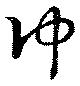
仲